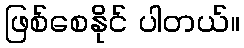
ဖြစ်စေနိုင် ပါတယ်။